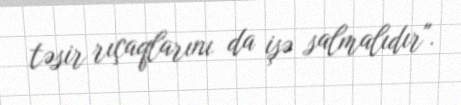
təsir rıçaqlarını da işə salmalıdır".